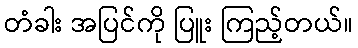
တံခါး အပြင်ကို ပြူး ကြည့်တယ်။